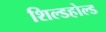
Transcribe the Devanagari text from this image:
शिल्डहोल्ड